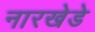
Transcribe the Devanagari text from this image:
नारखेडे